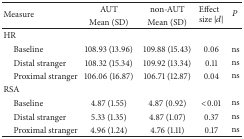
<table><thead><tr><td rowspan="2"><b>Measure</b></td><td><b>AUT</b></td><td><b>non-AUT</b></td><td rowspan="2"><b>Effect size |<i>d</i>|</b></td><td rowspan="2"><b><i>P</i></b></td></tr><tr><td><b>Mean (SD)</b></td><td><b>Mean (SD)</b></td></tr></thead><tbody><tr><td>HR</td><td> </td><td> </td><td> </td><td> </td></tr><tr><td> Baseline</td><td>108.93 (13.96)</td><td>109.88 (15.43)</td><td>0.06</td><td>ns</td></tr><tr><td> Distal stranger</td><td>108.32 (15.34)</td><td>109.92 (13.34)</td><td>0.11</td><td>ns</td></tr><tr><td> Proximal stranger</td><td>106.06 (16.87)</td><td>106.71 (12.87)</td><td>0.04</td><td>ns</td></tr><tr><td>RSA</td><td> </td><td> </td><td> </td><td> </td></tr><tr><td> Baseline</td><td>4.87 (1.55)</td><td>4.87 (0.92)</td><td>&lt;0.01</td><td>ns</td></tr><tr><td> Distal stranger</td><td>5.33 (1.35)</td><td>4.87 (1.07)</td><td>0.37</td><td>ns</td></tr><tr><td> Proximal stranger</td><td>4.96 (1.24)</td><td>4.76 (1.11)</td><td>0.17</td><td>ns</td></tr></tbody></table>